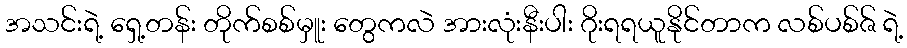
အသင်းရဲ့ ရှေ့တန်း တိုက်စစ်မှူး တွေကလဲ အားလုံးနီးပါး ဂိုးရရယူနိုင်တာက လစ်ပစ်ဇ် ရဲ့